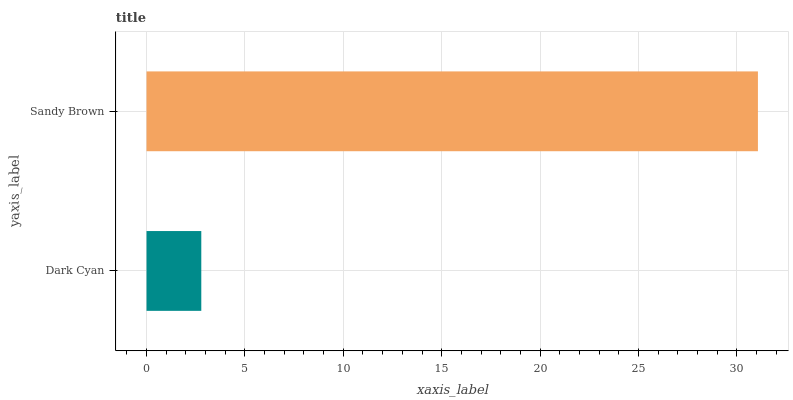
| yaxis_label | bars |
 | --- | --- |
 | Dark Cyan | 2.78 |
 | Sandy Brown | 31.1 |